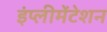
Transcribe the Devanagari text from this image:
इंप्लीमेंटेशन